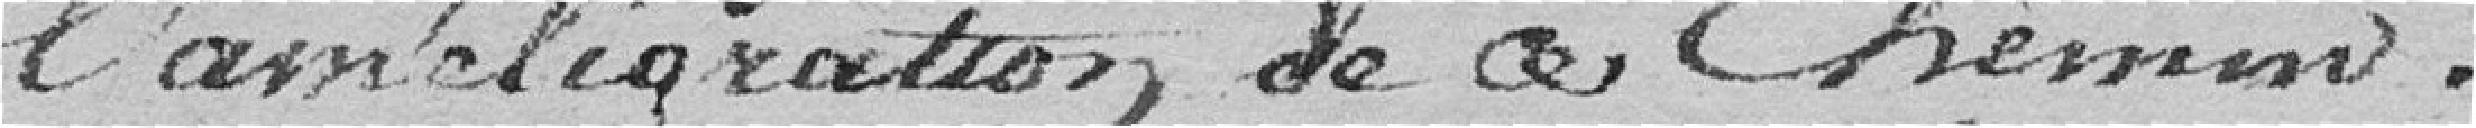
l'amélioration de ce chemin.